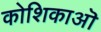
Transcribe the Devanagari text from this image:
कोशिकाऒ